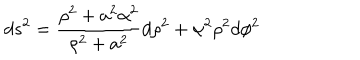
d s ^ { 2 } = { \frac { \rho ^ { 2 } + a ^ { 2 } \alpha ^ { 2 } } { \rho ^ { 2 } + a ^ { 2 } } } d \rho ^ { 2 } + \alpha ^ { 2 } \rho ^ { 2 } d \phi ^ { 2 }